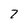
Character: 7